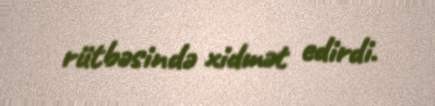
rütbəsində xidmət edirdi.